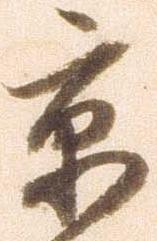
京